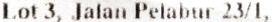
LOT 3, JALAN PELABUR 23/1,